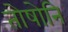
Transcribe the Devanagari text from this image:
तोषोनि